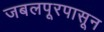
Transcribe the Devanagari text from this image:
जबलपूरपासून